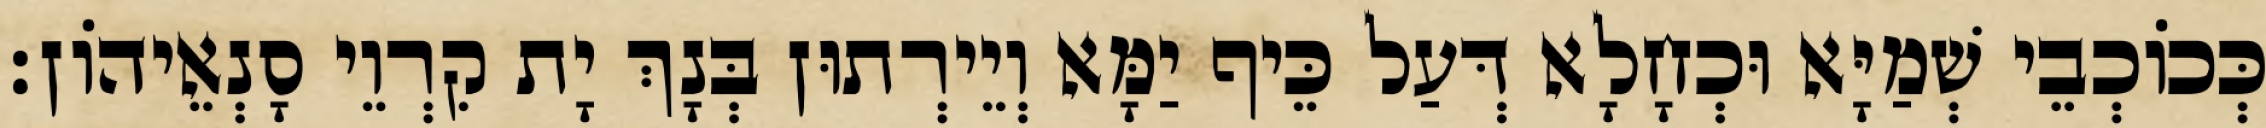
כְּכוֹכְבֵי שְׁמַיָּא וּכְחָלָא דְּעַל כֵּיף יַמָּא וְיֵירְתוּן בְּנָךְ יָת קִרְוֵי סָנְאֵיהוֹן׃